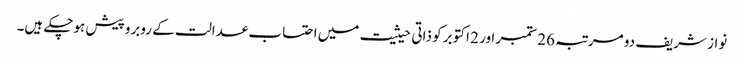
نواز شریف دو مرتبہ 26 ستمبر اور 2 اکتوبر کو ذاتی حیثیت میں احتساب عدالت کے روبرو پیش ہوچکے ہیں۔